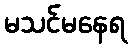
မသင်မနေရ